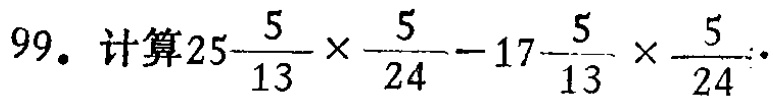
99. 计算$25\frac{5}{13}×\frac{5}{24} - 17\frac{5}{13}×\frac{5}{24}$ 。